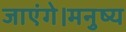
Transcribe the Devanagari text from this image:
जाएंगे।मनुष्य